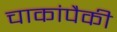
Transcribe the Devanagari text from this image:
चाकांपैकी